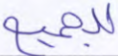
للجميع